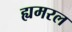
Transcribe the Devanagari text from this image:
ह्यमरल